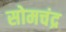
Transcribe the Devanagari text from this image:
सोमचंद्र